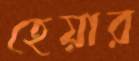
হেয়ার